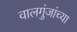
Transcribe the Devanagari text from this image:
वालगुंजांच्या